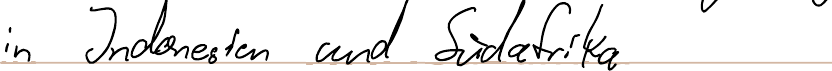
in Indonesien und Südafrika